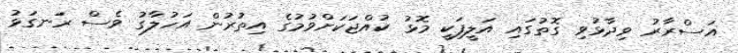
އަސްރާރު ވިދާޅުވި ގޮތުގައި އަލީފަކީ މޮޅު ކުއްޖަކަށްވުމުގެ އިތުރުން އަހުލާގު ވެސް ރަނގަޅު